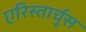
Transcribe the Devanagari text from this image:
एरिस्तार्चुस